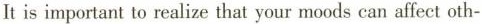
It is important to realize that your moods can affect oth-